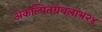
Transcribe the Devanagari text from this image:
अकल्पितग्रंथलाभ२४